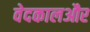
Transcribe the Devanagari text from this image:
वेदकालऔर